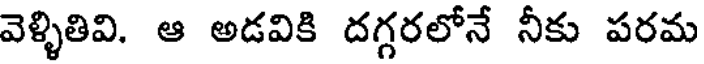
వెళ్ళితివి. ఆ అడవికి దగ్గరలోనే నీకు పరమ